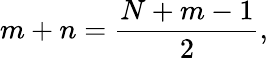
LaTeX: m+n=\frac{N+m-1}{2},